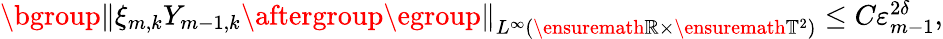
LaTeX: \begin{array}{r}{\mathopen{}\mathclose\bgroup\left\| \xi_{m,k}Y_{m-1,k}\aftergroup\egroup\right\| _{L^{\infty}(\ensuremath{\mathbb{R}}\times\ensuremath{\mathbb{T}}^{2})}\leq C\varepsilon_{m-1}^{2\delta},}\end{array}